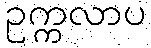
ဥက္ကလာပ